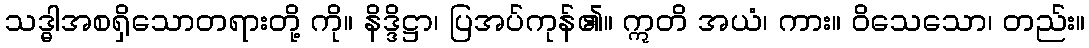
သဒ္ဓါအစရှိသောတရားတို့ ကို။ နိဒ္ဒိဋ္ဌာ၊ ပြအပ်ကုန်၏။ ဣတိ အယံ၊ ကား။ ဝိသေသော၊ တည်း။